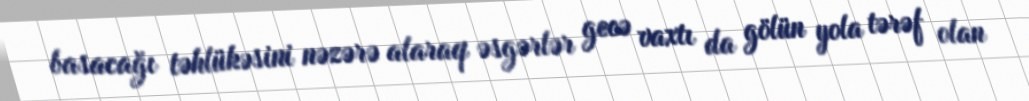
basacağı təhlükəsini nəzərə alaraq əsgərlər gecə vaxtı da gölün yola tərəf olan